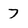
Character: 7